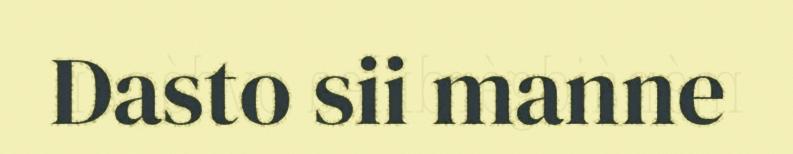
Dasto sii manne